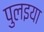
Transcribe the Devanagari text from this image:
पुलइया